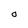
Character: O